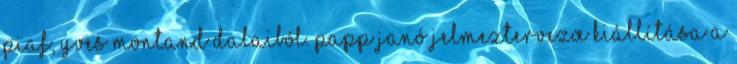
Piaf, Yves Montand dalaiból. Papp Janó jelmeztervezœ kiállítása a